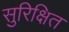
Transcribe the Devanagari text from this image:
सुरिक्षित